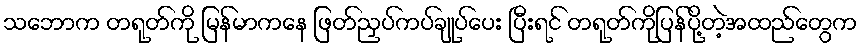
သဘောက တရုတ်ကို မြန်မာကနေ ဖြတ်ညှပ်ကပ်ချုပ်ပေး ပြီးရင် တရုတ်ကိုပြန်ပို့တဲ့အထည်တွေက